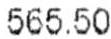
565.50